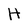
Character: H